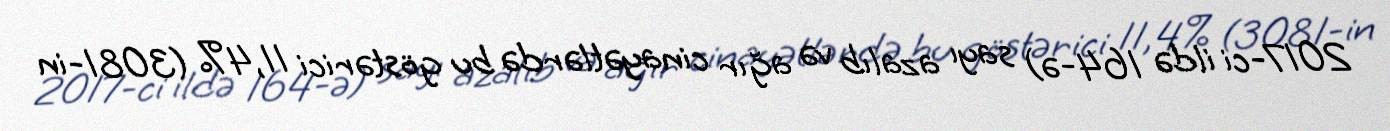
2017-ci ildə 164-ə) sayı azalıb və ağır cinayətlərdə bu göstərici 11,4% (3081-in